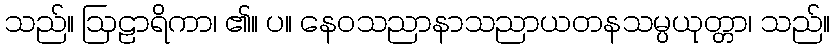
သည်။ ဩဠာရိကာ၊ ၏။ ပ။ နေဝသညာနာသညာယတနသမ္ပယုတ္တာ၊ သည်။